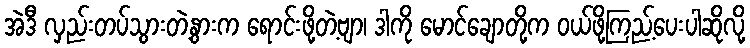
အဲဒီ လှည်းတပ်သွားတဲ့နွားက ရောင်းဖို့တဲ့ဗျာ၊ ဒါကို မောင်ချောတို့က ဝယ်ဖို့ကြည့်ပေးပါဆိုလို့